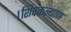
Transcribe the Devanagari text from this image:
।शिवकल्याण